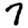
Digit: 7